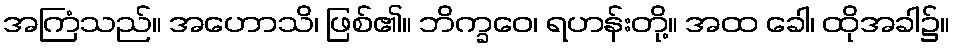
အကြံသည်။ အဟောသိ၊ ဖြစ်၏။ ဘိက္ခဝေ၊ ရဟန်းတို့။ အထ ခေါ၊ ထိုအခါ၌။